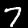
Digit: 7